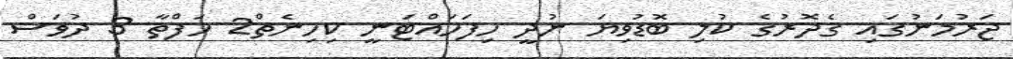
ޖަރުމަނުގައި ގެދޮރުގެ ކުލި ބޮޑުވިޔަ ނުދީ ހިފަހައްޓަނީ ކިހިނެތް2 ހަފްތާ 3 ދުވަސް